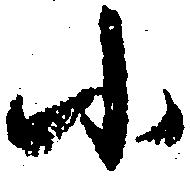
小